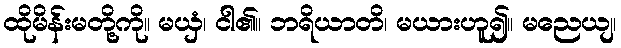
ထိုမိန်းမတို့ကို။ မယှံ၊ ငါ၏။ ဘရိယာတိ၊ မယားဟူ၍။ မညေယျ၊